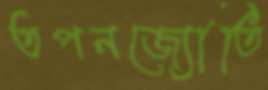
তপনজ্যোতি